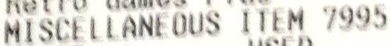
MISCELLANEOUS ITEM 7995